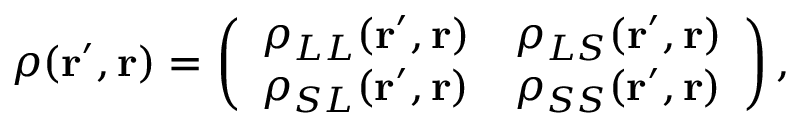
\rho ( \mathbf { r ^ { \prime } } , \mathbf { r } ) = \left( \begin{array} { l l } { \rho _ { L L } ( \mathbf { r ^ { \prime } } , \mathbf { r } ) } & { \rho _ { L S } ( \mathbf { r ^ { \prime } } , \mathbf { r } ) } \\ { \rho _ { S L } ( \mathbf { r ^ { \prime } } , \mathbf { r } ) } & { \rho _ { S S } ( \mathbf { r ^ { \prime } } , \mathbf { r } ) } \end{array} \right) ,